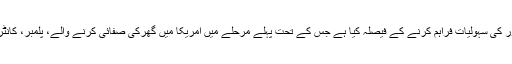
ایمزٹی وی (مانیٹرنگ ڈیسک)فیس بک نے ایک نئی سروس کے ذریعے گھریلو امور کی سہولیات فراہم کرنے کے فیصلہ کیا ہے جس کے تحت پہلے مرحلے میں امریکا میں گھرکی صفائی کرنے والے، پلمبر، کانٹریکٹر، الیکٹریشن اور دیگر عملہ اور ان کی سروسز کو صارفین سے جوڑا جائے گا۔